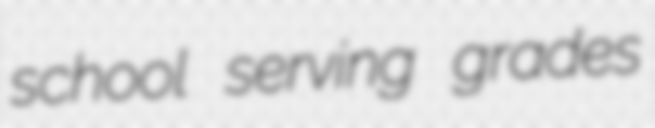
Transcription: school serving grades